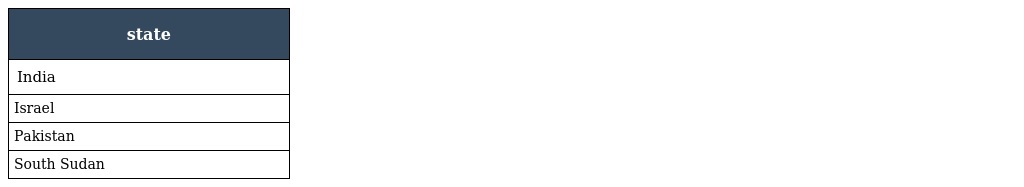
| state |
 | --- |
 | India |
 | Israel |
 | Pakistan |
 | South Sudan |